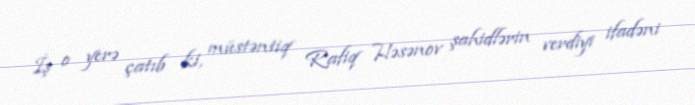
İş o yerə çatıb ki, müstəntiq Rafiq Həsənov şahidlərin verdiyi ifadəni